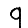
Digit: 9